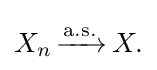
{\overset {}{X_{n}\,{\xrightarrow {\mathrm {a.s.} }}\,X.}}